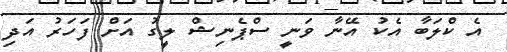
އެ ކްލަބާ އެކު އޭނާ ވަނީ ސްޕެނިޝް ލީގު އަށް ފަހަރު އަދި